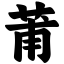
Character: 莆